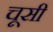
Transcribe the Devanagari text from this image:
चूसी